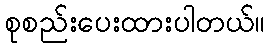
စုစည်းပေးထားပါတယ်။